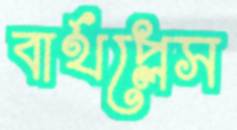
বার্থপ্লেস